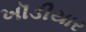
ખૉડીયાર